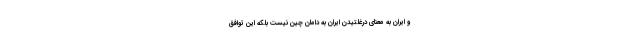
و ایران به معنای درغلتیدن ایران به دامان چین نیست بلکه این توافق